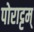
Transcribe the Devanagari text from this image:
पोराट्टम्